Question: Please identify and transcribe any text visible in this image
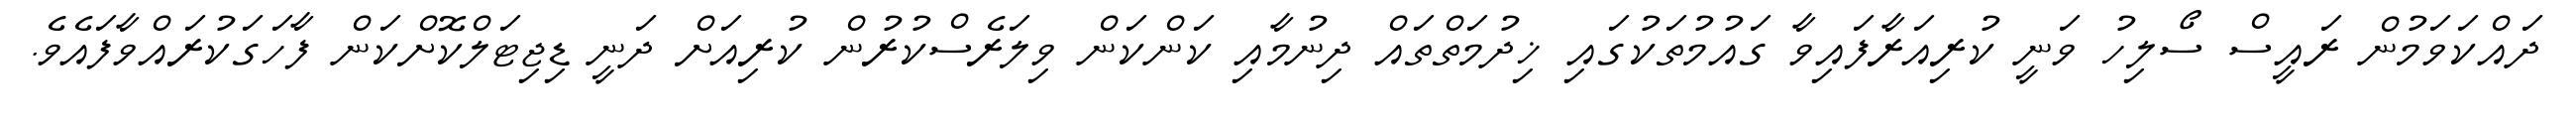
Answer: ދައްކަވަމުން ރައީސް ސޯލިހު ވަނީ ކުރިއަރާފައިވާ ގައުމުތަކުގައި ޚިދުމަތްތައް ދިނުމާއި ކަންކަން ވިލަރެސްކުރުން ކުރިއަށް ދަނީ ޑިޖިޓަލްކޮށްކަން ފާހަގަކުރައްވާފައެވެ.